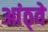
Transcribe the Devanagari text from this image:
आंठ्वे